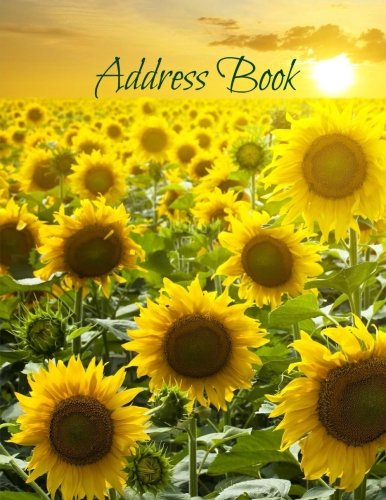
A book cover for Address Book (Extra Large Paperback Address Books-Summer Series) (Volume 79); Creative Planners; Business & Money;